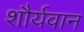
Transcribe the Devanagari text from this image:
शौर्यवान